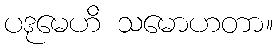
ပဒုမေဟိ သမောဟတာ။